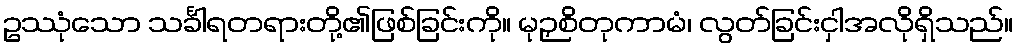
ဥဿုံသော သင်္ခါရတရားတို့၏ဖြစ်ခြင်းကို။ မုဉှစိတုကာမံ၊ လွတ်ခြင်းငှါအလိုရှိသည်။